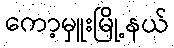
ကော့မှူးမြို့နယ်